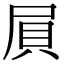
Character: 屓